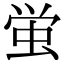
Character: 蛍